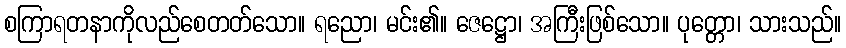
စကြာရတနာကိုလည်စေတတ်သော။ ရညော၊ မင်း၏။ ဇေဋ္ဌော၊ အကြီးဖြစ်သော။ ပုတ္တော၊ သားသည်။